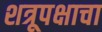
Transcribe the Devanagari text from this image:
शत्रूपक्षाचा